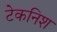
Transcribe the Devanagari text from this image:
टेकनिश